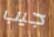
جيب